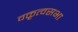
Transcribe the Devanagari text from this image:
वक्तृत्वसभा